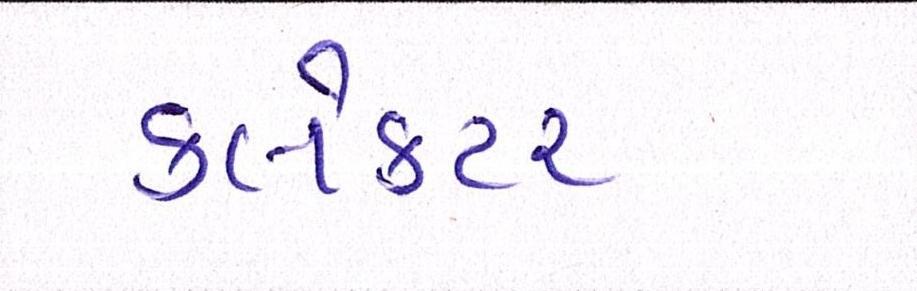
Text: ક્લેક્ટર